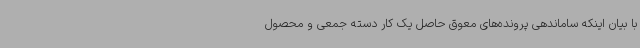
با بیان اینکه ساماندهی پرونده‌های معوق حاصل یک کار دسته جمعی و محصول